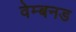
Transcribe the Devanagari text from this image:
वेम्बनड